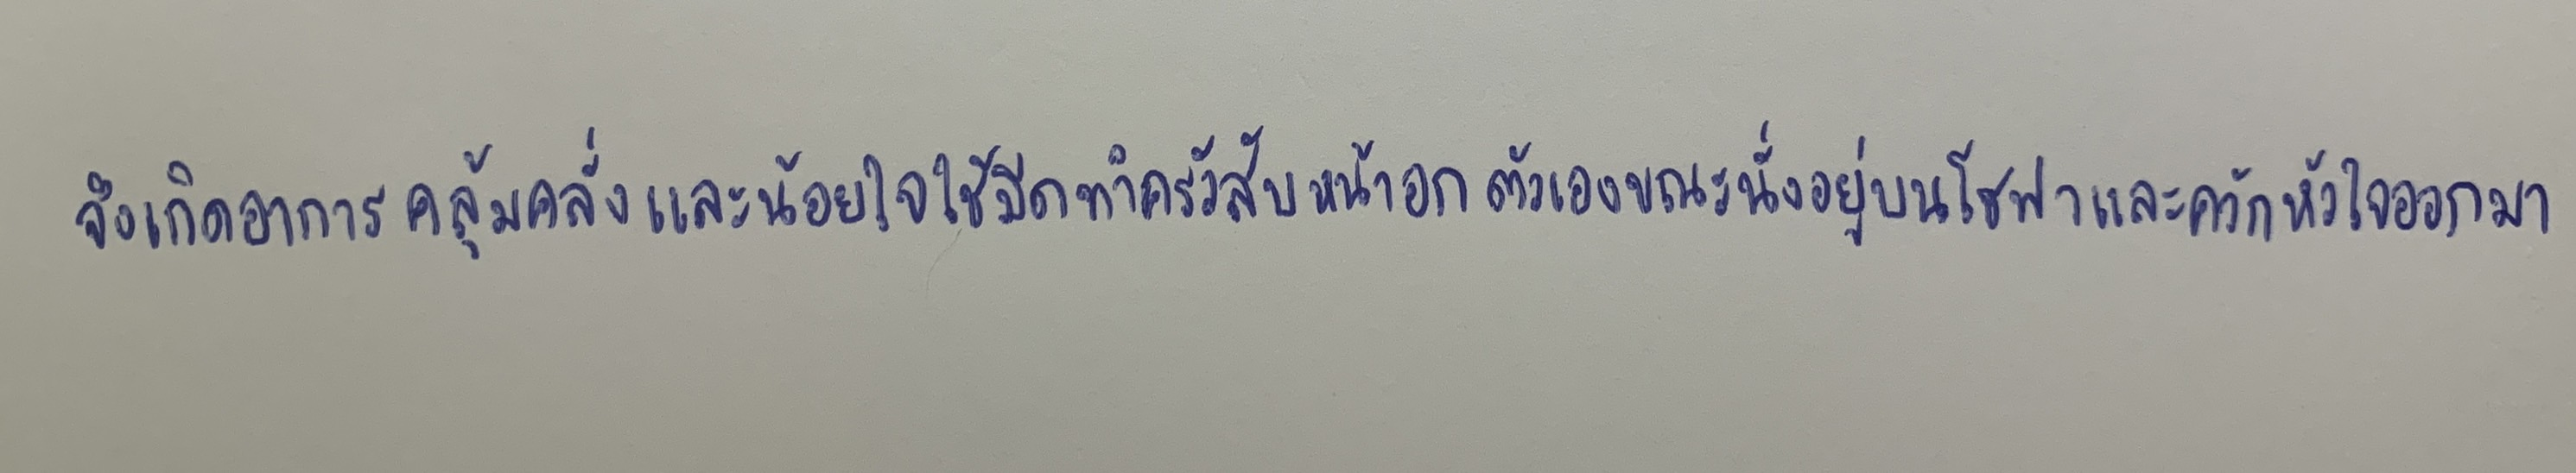
จึงเกิดอาการคลุ้มคลั่งและน้อยใจใช้มีดทำครัวสับหน้าอกตัวเองขณะนั่งอยู่บนโซฟาและควักหัวใจออกมา